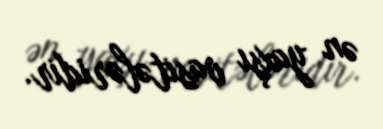
ən yaxşı vasitələridir.